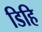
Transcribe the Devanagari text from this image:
डिहि